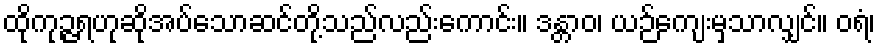
ထိုကုဉ္ဇရဟုဆိုအပ်သောဆင်တို့သည်လည်းကောင်း။ ဒန္တာဝ၊ ယဉ်ကျေးမှသာလျှင်။ ဝရံ၊